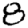
Digit: 8